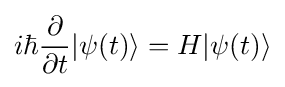
i\hbar {\frac {\partial }{\partial t}}|\psi (t)\rangle =H|\psi (t)\rangle